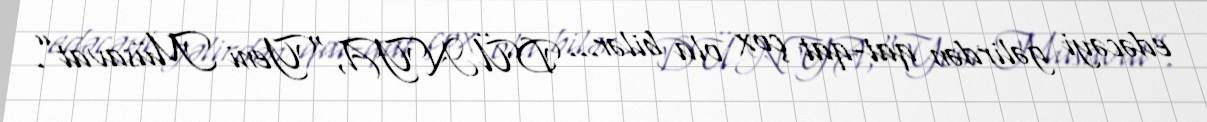
edəcəyi gəlirdən qat-qat çox ola bilər... DÜNYA,“Yeni Müsavat”.